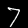
Digit: 7